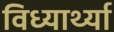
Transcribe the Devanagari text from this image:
विध्यार्थ्या